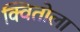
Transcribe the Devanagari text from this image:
क्वितोला